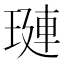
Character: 𬍻